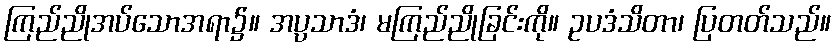
ကြည်ညိုအပ်သောအရာ၌။ အပ္ပသာဒံ၊ မကြည်ညိုခြင်းကို။ ဥပဒံသိတာ၊ ပြတတ်သည်။